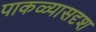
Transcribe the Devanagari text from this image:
पाकळ्यासदृश